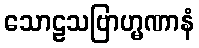
သောဠသဗြာဟ္မဏာနံ